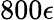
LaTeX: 800\epsilon